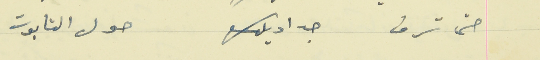
حتى ترف جداديلك                                  حول التابوت